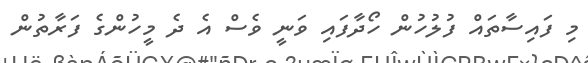
މި ފައިސާތައް ފުލުހުން ހޯދާފައި ވަނީ ވެސް އެ ދެ މީހުންގެ ފަރާތުން